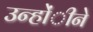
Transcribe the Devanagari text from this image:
उन्होंीने